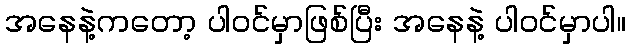
အနေနဲ့ကတော့ ပါဝင်မှာဖြစ်ပြီး အနေနဲ့ ပါဝင်မှာပါ။